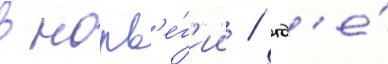
в норв'е́г'ии / гд'е́